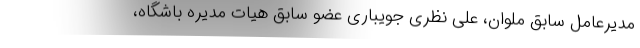
مدیرعامل سابق ملوان، علی نظری جویباری عضو سابق هیات مدیره باشگاه،